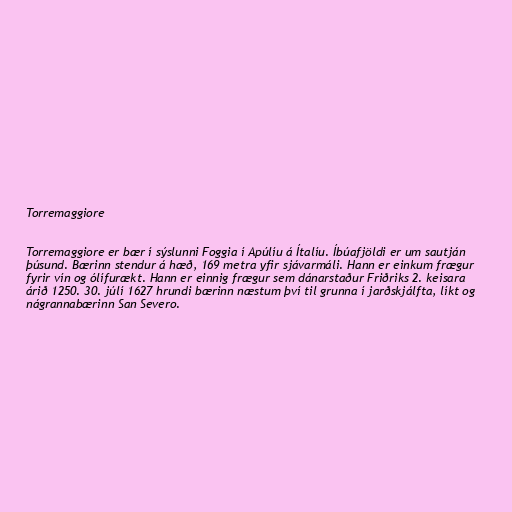
Torremaggiore

Torremaggiore er bær í sýslunni Foggia í Apúlíu á Ítalíu. Íbúafjöldi er um sautján
þúsund. Bærinn stendur á hæð, 169 metra yfir sjávarmáli. Hann er einkum frægur
fyrir vín og ólífurækt. Hann er einnig frægur sem dánarstaður Friðriks 2. keisara
árið 1250. 30. júlí 1627 hrundi bærinn næstum því til grunna í jarðskjálfta, líkt og
nágrannabærinn San Severo.